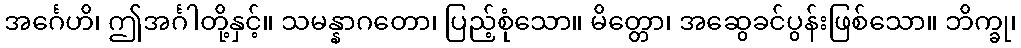
အင်္ဂေဟိ၊ ဤအင်္ဂါတို့နှင့်။ သမန္နာဂတော၊ ပြည့်စုံသော။ မိတ္တော၊ အဆွေခင်ပွန်းဖြစ်သော။ ဘိက္ခု၊